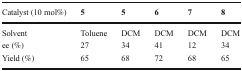
<table><thead><tr><td><b>Catalyst (10 mol%)</b></td><td><b>5</b></td><td><b>5</b></td><td><b>6</b></td><td><b>7</b></td><td><b>8</b></td></tr></thead><tbody><tr><td>Solvent</td><td>Toluene</td><td>DCM</td><td>DCM</td><td>DCM</td><td>DCM</td></tr><tr><td>ee (%)</td><td>27</td><td>34</td><td>41</td><td>12</td><td>34</td></tr><tr><td>Yield (%)</td><td>65</td><td>68</td><td>72</td><td>68</td><td>65</td></tr></tbody></table>